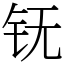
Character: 䥻